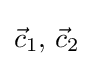
{\vec {c}}_{1},\,{\vec {c}}_{2}